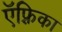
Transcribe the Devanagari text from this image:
ऍफ़्रिका